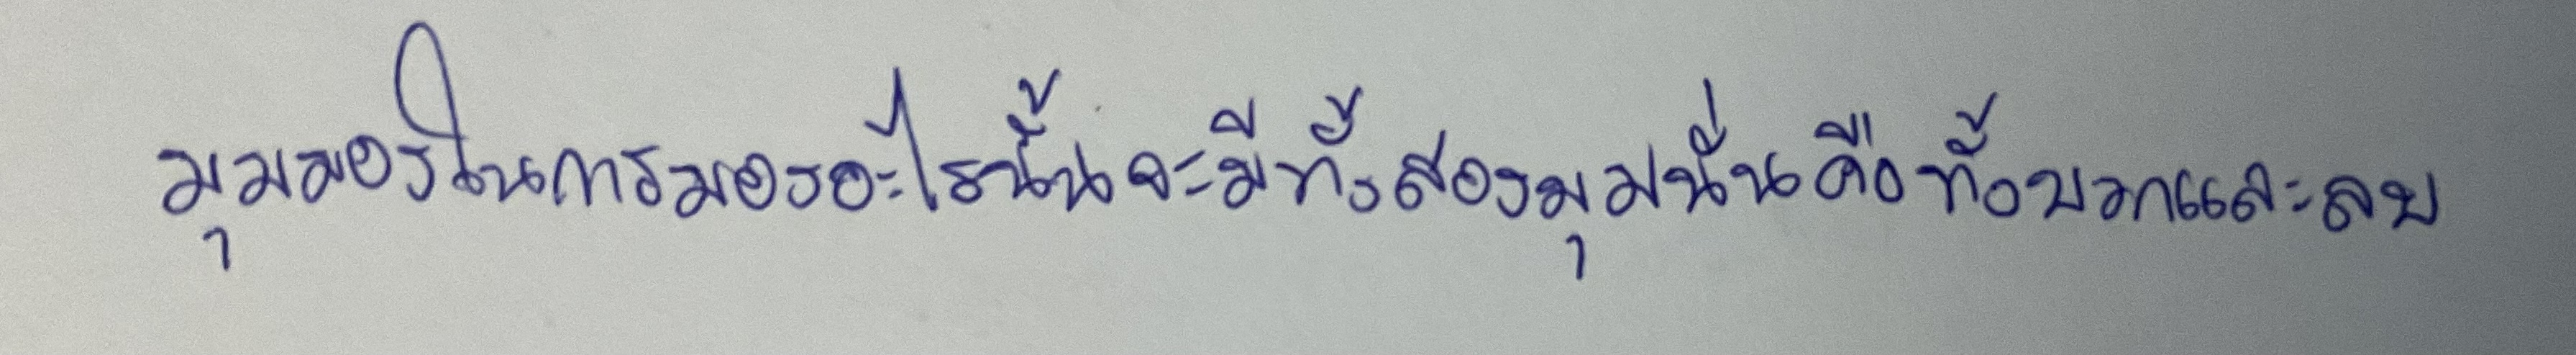
มุมมองในการมองอะไรนั้นจะมีทั้งสองมุมนั่นคือทั้งบวกและลบ